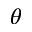
\theta